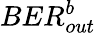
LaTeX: BER_{out}^{b}